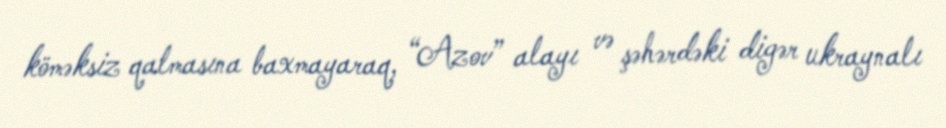
köməksiz qalmasına baxmayaraq, “Azov” alayı və şəhərdəki digər ukraynalı